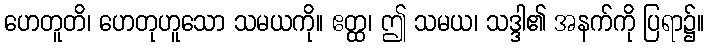
ဟေတူတိ၊ ဟေတုဟူသော သမယကို။ ဧတ္ထ၊ ဤ သမယ၊ သဒ္ဒါ၏ အနက်ကို ပြရာ၌။